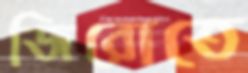
জিরোতে